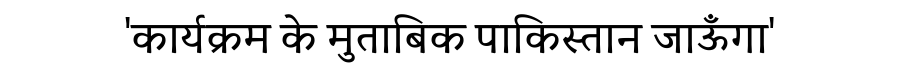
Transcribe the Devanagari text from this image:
'कार्यक्रम के मुताबिक पाकिस्तान जाऊँगा'